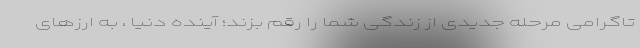
تاگرامی مرحله جدیدی از زندگی شما را رقم بزند؛ آینده دنیا ، به ارزهای